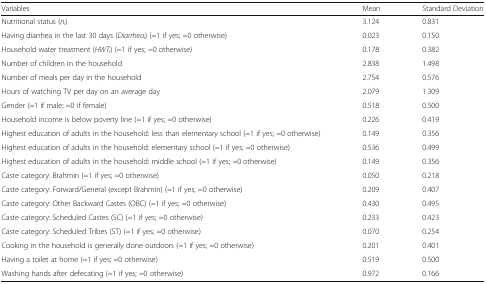
<table><thead><tr><td><b>Variables</b></td><td><b>Mean</b></td><td><b>Standard Deviation</b></td></tr></thead><tbody><tr><td>Nutritional status (<i>n</i><sub><i>i</i></sub>)</td><td>3.124</td><td>0.831</td></tr><tr><td>Having diarrhea in the last 30 days (<i>Diarrhea</i><sub><i>i</i></sub>) (=1 if yes; =0 otherwise)</td><td>0.023</td><td>0.150</td></tr><tr><td>Household water treatment (<i>HWT</i><sub><i>i</i></sub>) (=1 if yes; =0 otherwise)</td><td>0.178</td><td>0.382</td></tr><tr><td>Number of children in the household</td><td>2.838</td><td>1.498</td></tr><tr><td>Number of meals per day in the household</td><td>2.754</td><td>0.576</td></tr><tr><td>Hours of watching TV per day on an average day</td><td>2.079</td><td>1.309</td></tr><tr><td>Gender (=1 if male; =0 if female)</td><td>0.518</td><td>0.500</td></tr><tr><td>Household income is below poverty line (=1 if yes; =0 otherwise)</td><td>0.226</td><td>0.419</td></tr><tr><td>Highest education of adults in the household: less than elementary school (=1 if yes; =0 otherwise)</td><td>0.149</td><td>0.356</td></tr><tr><td>Highest education of adults in the household: elementary school (=1 if yes; =0 otherwise)</td><td>0.536</td><td>0.499</td></tr><tr><td>Highest education of adults in the household: middle school (=1 if yes; =0 otherwise)</td><td>0.149</td><td>0.356</td></tr><tr><td>Caste category: Brahmin (=1 if yes; =0 otherwise)</td><td>0.050</td><td>0.218</td></tr><tr><td>Caste category: Forward/General (except Brahmin) (=1 if yes; =0 otherwise)</td><td>0.209</td><td>0.407</td></tr><tr><td>Caste category: Other Backward Castes (OBC) (=1 if yes; =0 otherwise)</td><td>0.430</td><td>0.495</td></tr><tr><td>Caste category: Scheduled Castes (SC) (=1 if yes; =0 otherwise)</td><td>0.233</td><td>0.423</td></tr><tr><td>Caste category: Scheduled Tribes (ST) (=1 if yes; =0 otherwise)</td><td>0.070</td><td>0.254</td></tr><tr><td>Cooking in the household is generally done outdoors (=1 if yes; =0 otherwise)</td><td>0.201</td><td>0.401</td></tr><tr><td>Having a toilet at home (=1 if yes; =0 otherwise)</td><td>0.519</td><td>0.500</td></tr><tr><td>Washing hands after defecating (=1 if yes; =0 otherwise)</td><td>0.972</td><td>0.166</td></tr></tbody></table>